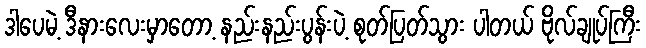
ဒါပေမဲ့ ဒီနားလေးမှာတော့ နည်းနည်းပွန်းပဲ့ စုတ်ပြတ်သွား ပါတယ် ဗိုလ်ချုပ်ကြီး